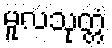
မူလသုတ္တံ